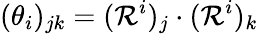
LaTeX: (\theta_{i})_{jk}=(\mathcal{R}^{i})_{j}\cdot(\mathcal{R}^{i})_{k}